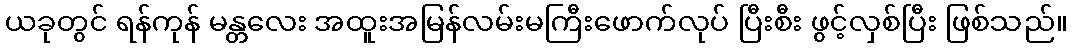
ယခုတွင် ရန်ကုန် မန္တလေး အထူးအမြန်လမ်းမကြီးဖောက်လုပ် ပြီးစီး ဖွင့်လှစ်ပြီး ဖြစ်သည်။